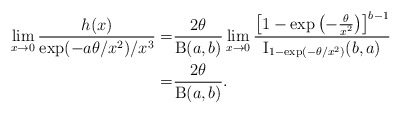
\begin{align*}\lim_{x\to0}\frac{h(x)}{ \exp(-a\theta/x^2) / x^3}=&\frac{2\theta}{\operatorname{B}(a,b)}\lim_{x\to0}\frac{\left[ 1-\exp\left(-\frac{\theta}{x^2}\right) \right]^{b-1}}{\operatorname{I}_{1-\exp(-\theta/x^2)}(b,a)}\\=&\frac{2\theta}{\operatorname{B}(a,b)}.\end{align*}